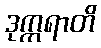
ဒုက္ကရာတိ